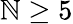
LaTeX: \mathbb{N}\ge5